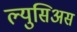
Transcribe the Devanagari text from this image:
ल्युसिअस